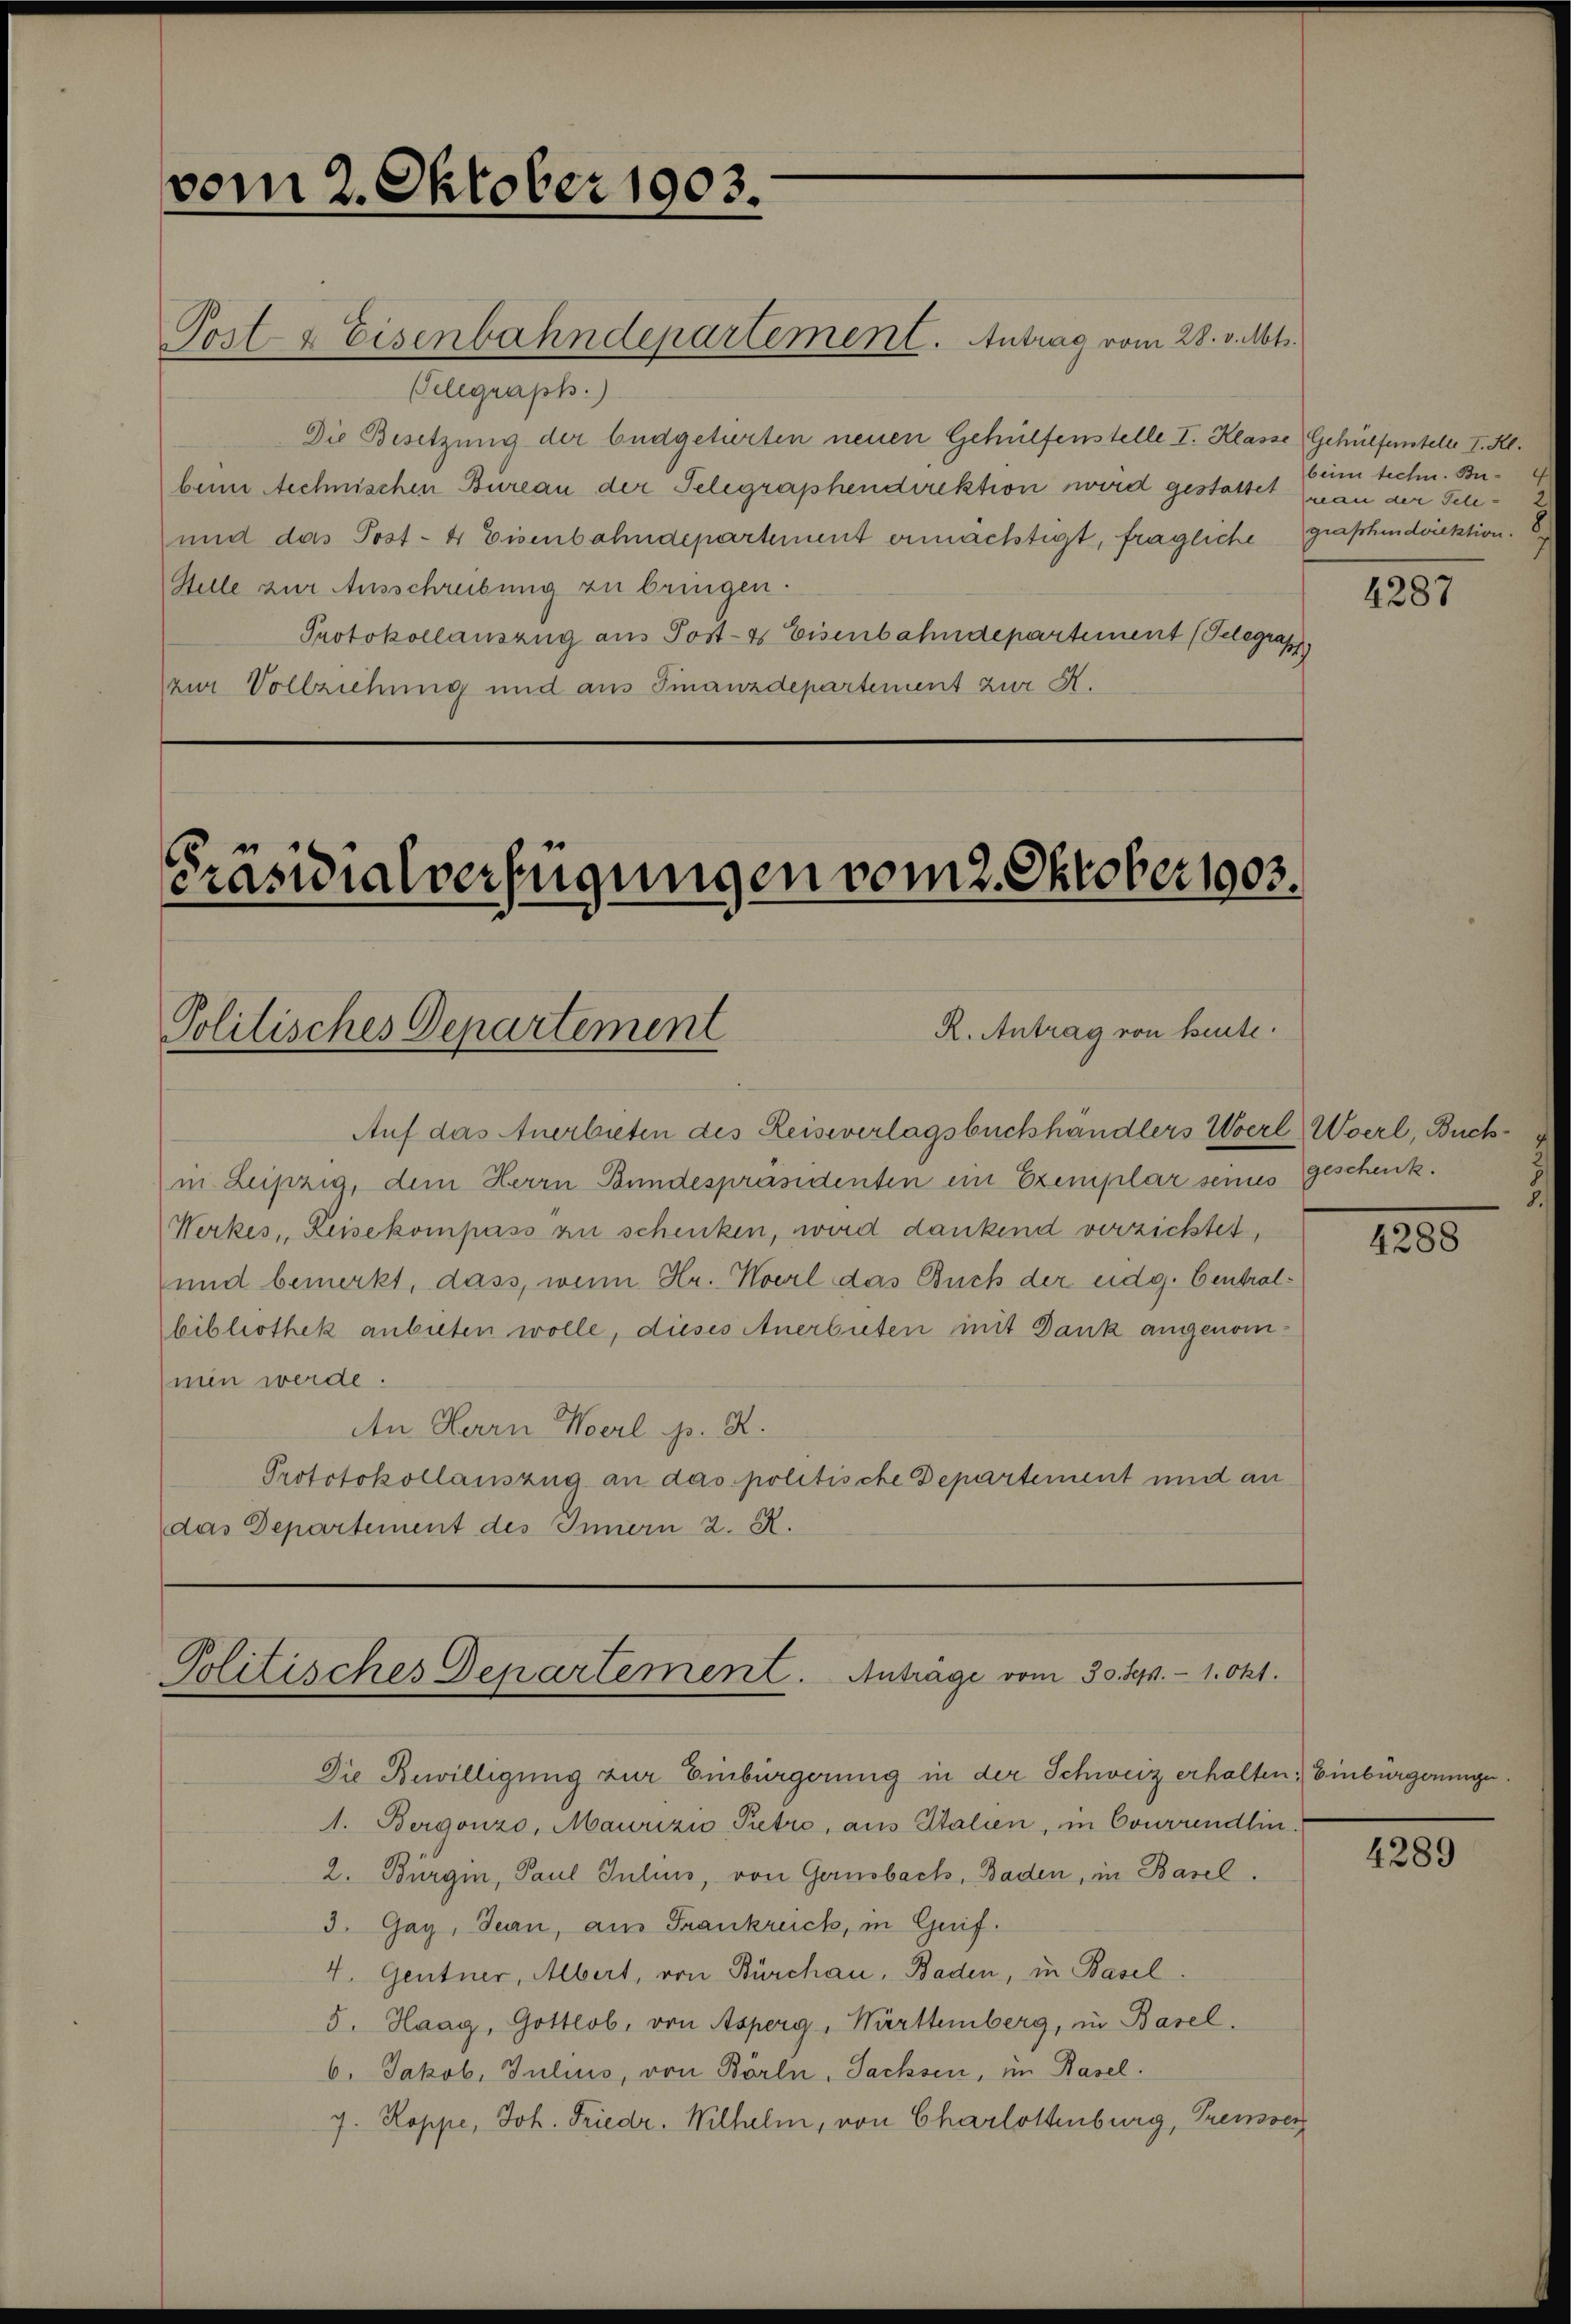
vom 2. Oktober 1903.

Telegraph.)
Die Besetzung der büdgetirten neuen Gehülfenstelle I. Klasse Gehülfenstelle I. Kl.
beim Rechnischen Bureau der Telegraphendirektion wird gestattet (man der Fel¬
und das Post- 4 Eisenbahndepartement ermächtigt, fragliche graphendviektion.
Sele zur Ausschreibung zu bringen.
Protokollauszug aus Post- & Eisenbahndepartement (Telegrap
zur Vollziehung und aus Finanzdepartement zur K.

Post- & Eisenbahndepartement. Antrag vom 28. v. Mts.

Präsidialverfügungen vom 2. Oktober 1903.
R. Antrag von heute.
Politisches Departement

Auf das Anerbieten des Reiseverlagsbuchhändlers Woerl, Woerl, Buchin Leipzig, dem Herrn Bundespräsidenten ein Exemplar seines Geschenk.
Werkes, Reisekompass zu schenken, wird dankend verzichtet,
und bemerkt, dass, wenn Hr. Novil das Buch der eidg. Centralbibliothek anbieten wolle, dieses Anerbieten mit Dank angenommen werde.
An Herrn Hoerl d. 2.
Prototokollauszug an das politische Departement und an
das Departement des Innern 2. R.

Politisches Departement. Anträge vom 30. Sep. 1. Okt.

Die Bewilligung zur Einbürgerung in der Schweiz erhalten: Einbürgerunge
1. Bergonzo, Maurizio Petro, aus Italien, im Courrendlin.
2. Bürgin, Paul Julius, von Gernobach, Baden, in Basel.
3. Gay, Jean, aus Frankreich, in Geif.
4. Gentner, Albert, von Burchau, Baden, in Basel.
5. Haag, Gottlob, von Asperg, Württemberg, in Basel.
6. Jakob, Julius, von Börln, Sachsen, im Rasel.
7. Roppe, Joh. Friedr. Wilhelm, von Charlottenburg, Treusser

beim techn. Bu¬

4287

4288

4289